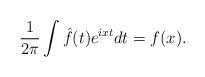
LaTeX: \begin{align*}\frac{1}{2\pi }\int \hat{f}(t)e^{ixt}dt=f(x).\end{align*}